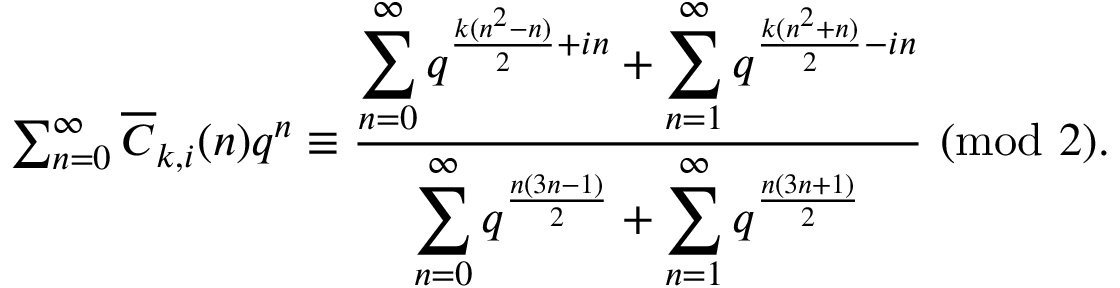
\begin{array} { r } { \sum _ { n = 0 } ^ { \infty } \overline { { C } } _ { k , i } ( n ) q ^ { n } \equiv \frac { \displaystyle \sum _ { n = 0 } ^ { \infty } q ^ { \frac { k ( n ^ { 2 } - n ) } { 2 } + i n } + \displaystyle \sum _ { n = 1 } ^ { \infty } q ^ { \frac { k ( n ^ { 2 } + n ) } { 2 } - i n } } { \displaystyle \sum _ { n = 0 } ^ { \infty } q ^ { \frac { n ( 3 n - 1 ) } { 2 } } + \sum _ { n = 1 } ^ { \infty } q ^ { \frac { n ( 3 n + 1 ) } { 2 } } } \ ( \mathrm { m o d } \ 2 ) . } \end{array}